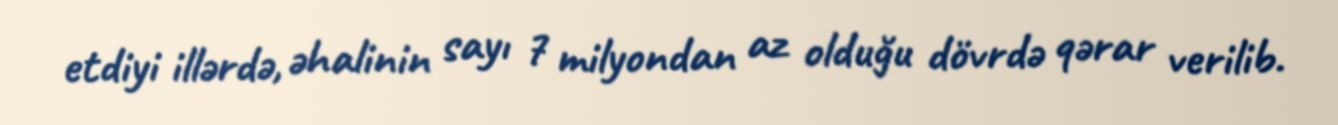
etdiyi illərdə, əhalinin sayı 7 milyondan az olduğu dövrdə qərar verilib.